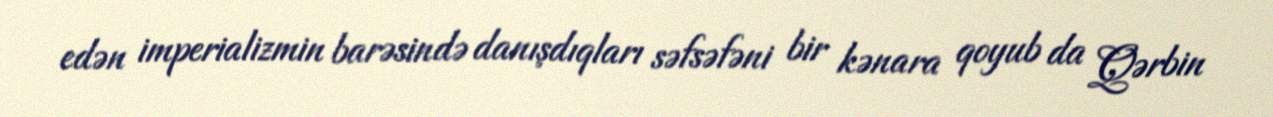
edən imperializmin barəsində danışdıqları səfsəfəni bir kənara qoyub da Qərbin